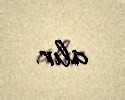
alır.